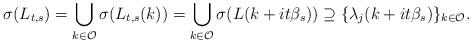
LaTeX: \begin{align*}\sigma(L_{t,s})=\bigcup_{k \in \mathcal{O}} \sigma(L_{t,s}(k))=\bigcup_{k \in \mathcal{O}} \sigma(L(k+it\beta_s)) \supseteq \{\lambda_{j}(k+it\beta_s)\}_{k\in \mathcal{O}}.\end{align*}